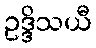
ဥဒ္ဒိသယီ